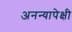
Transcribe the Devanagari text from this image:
अनन्यापेक्षी